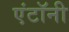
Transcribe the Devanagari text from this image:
एंटॉनी